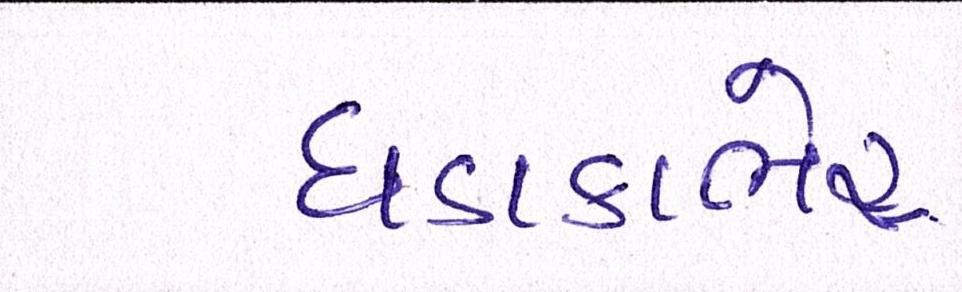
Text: ધડાકાભેર